Reports on dispensaries and lunatic asylums in the Province of Oudh - 1869-1876
Year: 1869
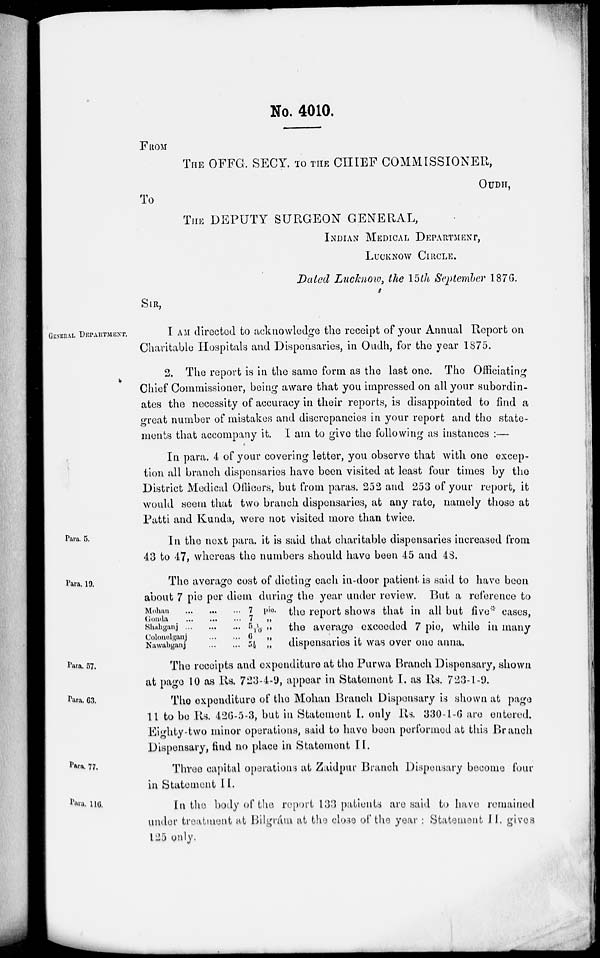
No. 4010.
FROM
THE OFFG. SECY, TO THE CHIEF COMMISSIONER,
OUDH,
To
THE DEPUTY SURGEON GENERAL,
INDIAN MEDICAL DEPARTMENT,
LUCKNOW CIRCLE.
Dated Lucknow, the 15th September 1876.
SIR,
GENERAL DEPARTMENT.
I AM directed to acknowledge the receipt of your Annual Report on
Charitable Hospitals and Dispensaries, in Oudh, for the year 1875.
2. The report is in the same form as the last one. The Officiating
Chief Commissioner, being aware that you impressed on all your subordin-
ates the necessity of accuracy in their reports, is disappointed to find a
great number of mistakes and discrepancies in your report and the state-
ments that accompany it. I am to give the following as instances :—
In para. 4 of your covering letter, you observe that with one excep-
tion all branch dispensaries have been visited at least four times by the
District Medical Officers, but from paras. 252 and 253 of your report, it
would seem that two branch dispensaries, at any rate, namely those at
Patti and Kunda, were not visited more than twice.
Para. 5.
In the next para. it is said that charitable dispensaries increased from
43 to 47, whereas the numbers should have been 45 and 48.
Para. 19.
Mohan...
...
...
Gonda ... ... ...
Shahganj
...
...
...
Colouelganj
...
...
Nawabganj
...
...
7
7
5 1 / 10
6
5½
pie.
„
„
„
„
The average cost of dieting each in-door patient is said to have been
about 7 pie per diem during the year under review. But a reference to
the report shows that in all but five* cases,
the average exceeded 7 pie, while in many
dispensaries it was over one anna.
Para. 57.
The receipts and expenditure at the Purwa Branch Dispensary, shown
at page 10 as Rs. 723-4-9, appear in Statement I. as Rs. 723-1-9.
Para. 63.
The expenditure of the Mohan Branch Dispensary is shown at page
11 to be Rs. 426-5-3, but in Statement I. only Rs. 330-1-6 are entered.
Eighty-two minor operations, said to have been performed at this Branch
Dispensary, find no place in Statement II.
Para. 77.
Three capital operations at Zaidpur Branch Dispensary become four
in Statement II.
Para. 116.
In the body of the report 133 patients are said to have remained
under treatment at Bilgrám at the close of the year : Statement II. gives
125 only.